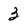
Character: 3